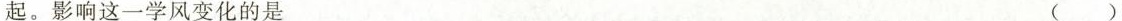
起。影响这一学风变化的是 ( )